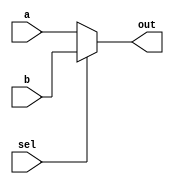
module top_module( 
  input a, b, sel,
  output out ); 
    
  assign out = sel ? b : a; // equivalent to (sel & b) | (~sel & a)

endmodule